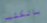
بالكثير